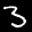
Label: 3